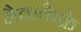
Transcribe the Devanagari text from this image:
मैककैफ्रे